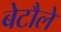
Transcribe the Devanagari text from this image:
बेटौले